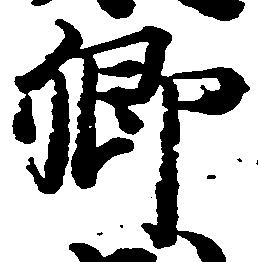
郷